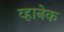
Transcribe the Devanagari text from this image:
व्हानेक